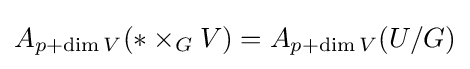
A_{p+\dim V}(*\times _{G}V)=A_{p+\dim V}(U/G)